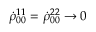
\dot { \rho } _ { 0 0 } ^ { 1 1 } = \dot { \rho } _ { 0 0 } ^ { 2 2 } \to 0